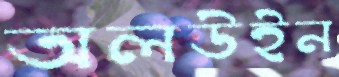
অলউইন